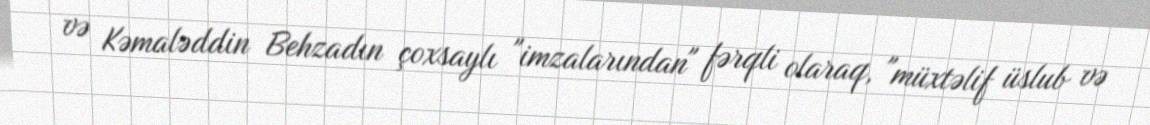
və Kəmaləddin Behzadın çoxsaylı "imzalarından" fərqli olaraq, "müxtəlif üslub və